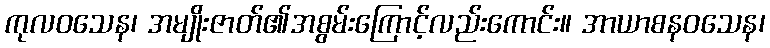
ကုလဝသေန၊ အမျိုးဇာတ်၏အစွမ်းကြောင့်လည်းကောင်း။ အာယာစနဝသေန၊